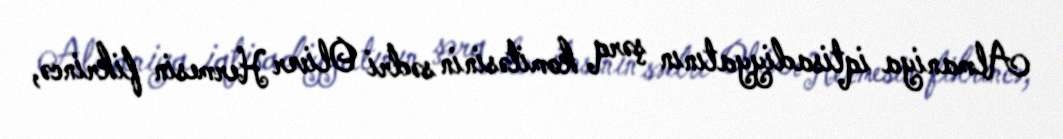
Almaniya iqtisadiyyatının şərq komitəsinin sədri Oliver Hermesin fikrincə,